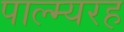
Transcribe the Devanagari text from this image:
पाल्म्यरह